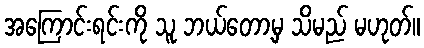
အကြောင်းရင်းကို သူ ဘယ်တော့မှ သိမည် မဟုတ်။